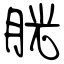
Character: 胱